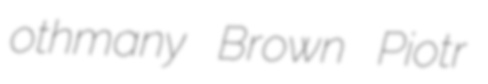
othmany Brown Piotr